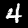
Digit: 4